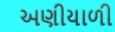
અણીયાળી